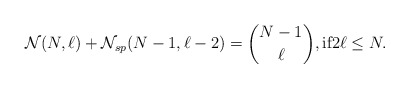
\begin{align*}{\cal{N}}(N,\ell) + {\cal{N}}_{sp}(N-1,\ell -2) = {N-1 \choose \ell},\mbox{if}2\ell \le N.\end{align*}